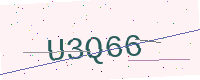
Text: U3Q66